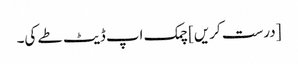
[درست کریں] چمک اپ ڈیٹ طے کی۔